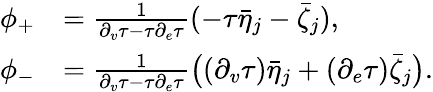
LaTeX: \begin{array}{rl}{\phi_{+}}&{=\frac{1}{\partial_{v}\tau-\tau\partial_{e}\tau}(-\tau\bar{\eta}_{j}-\bar{\zeta}_{j}),}\\ {\phi_{-}}&{=\frac{1}{\partial_{v}\tau-\tau\partial_{e}\tau}\big((\partial_{v}\tau)\bar{\eta}_{j}+(\partial_{e}\tau)\bar{\zeta}_{j}\big).}\end{array}